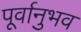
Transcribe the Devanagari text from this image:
पूर्वानुभव